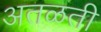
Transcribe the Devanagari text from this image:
अतळती